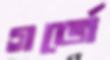
গর্জে